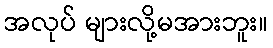
အလုပ် များလို့မအားဘူး။